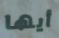
أيها